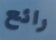
رائع